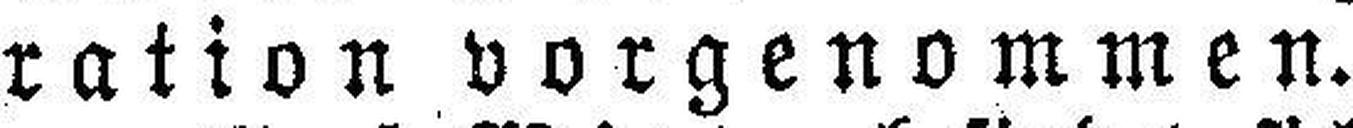
ration vorgenommen.